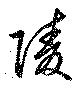
陵